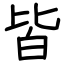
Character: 皆